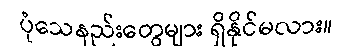
ပုံသေနည်းတွေများ ရှိနိုင်မလား။